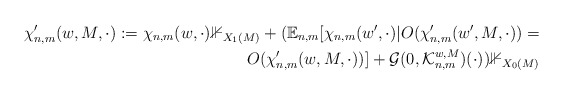
\begin{align*} \chi_{n,m}'(w, M, \cdot) := \chi_{n,m}(w, \cdot) \mathbb{1}_{X_1(M)} + (\mathbb{E}_{n,m}[\chi_{n,m}(w', \cdot) | O(\chi_{n,m}'(w', M, \cdot)) = \\ O(\chi_{n,m}'(w, M, \cdot))] + \mathcal{G}(0, \mathcal{K}_{n,m}^{w,M})(\cdot)) \mathbb{1}_{X_0(M)} \end{align*}